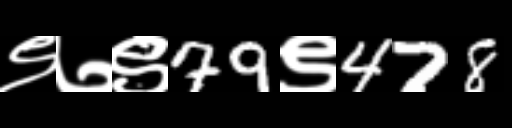
Text: ९७९79९478